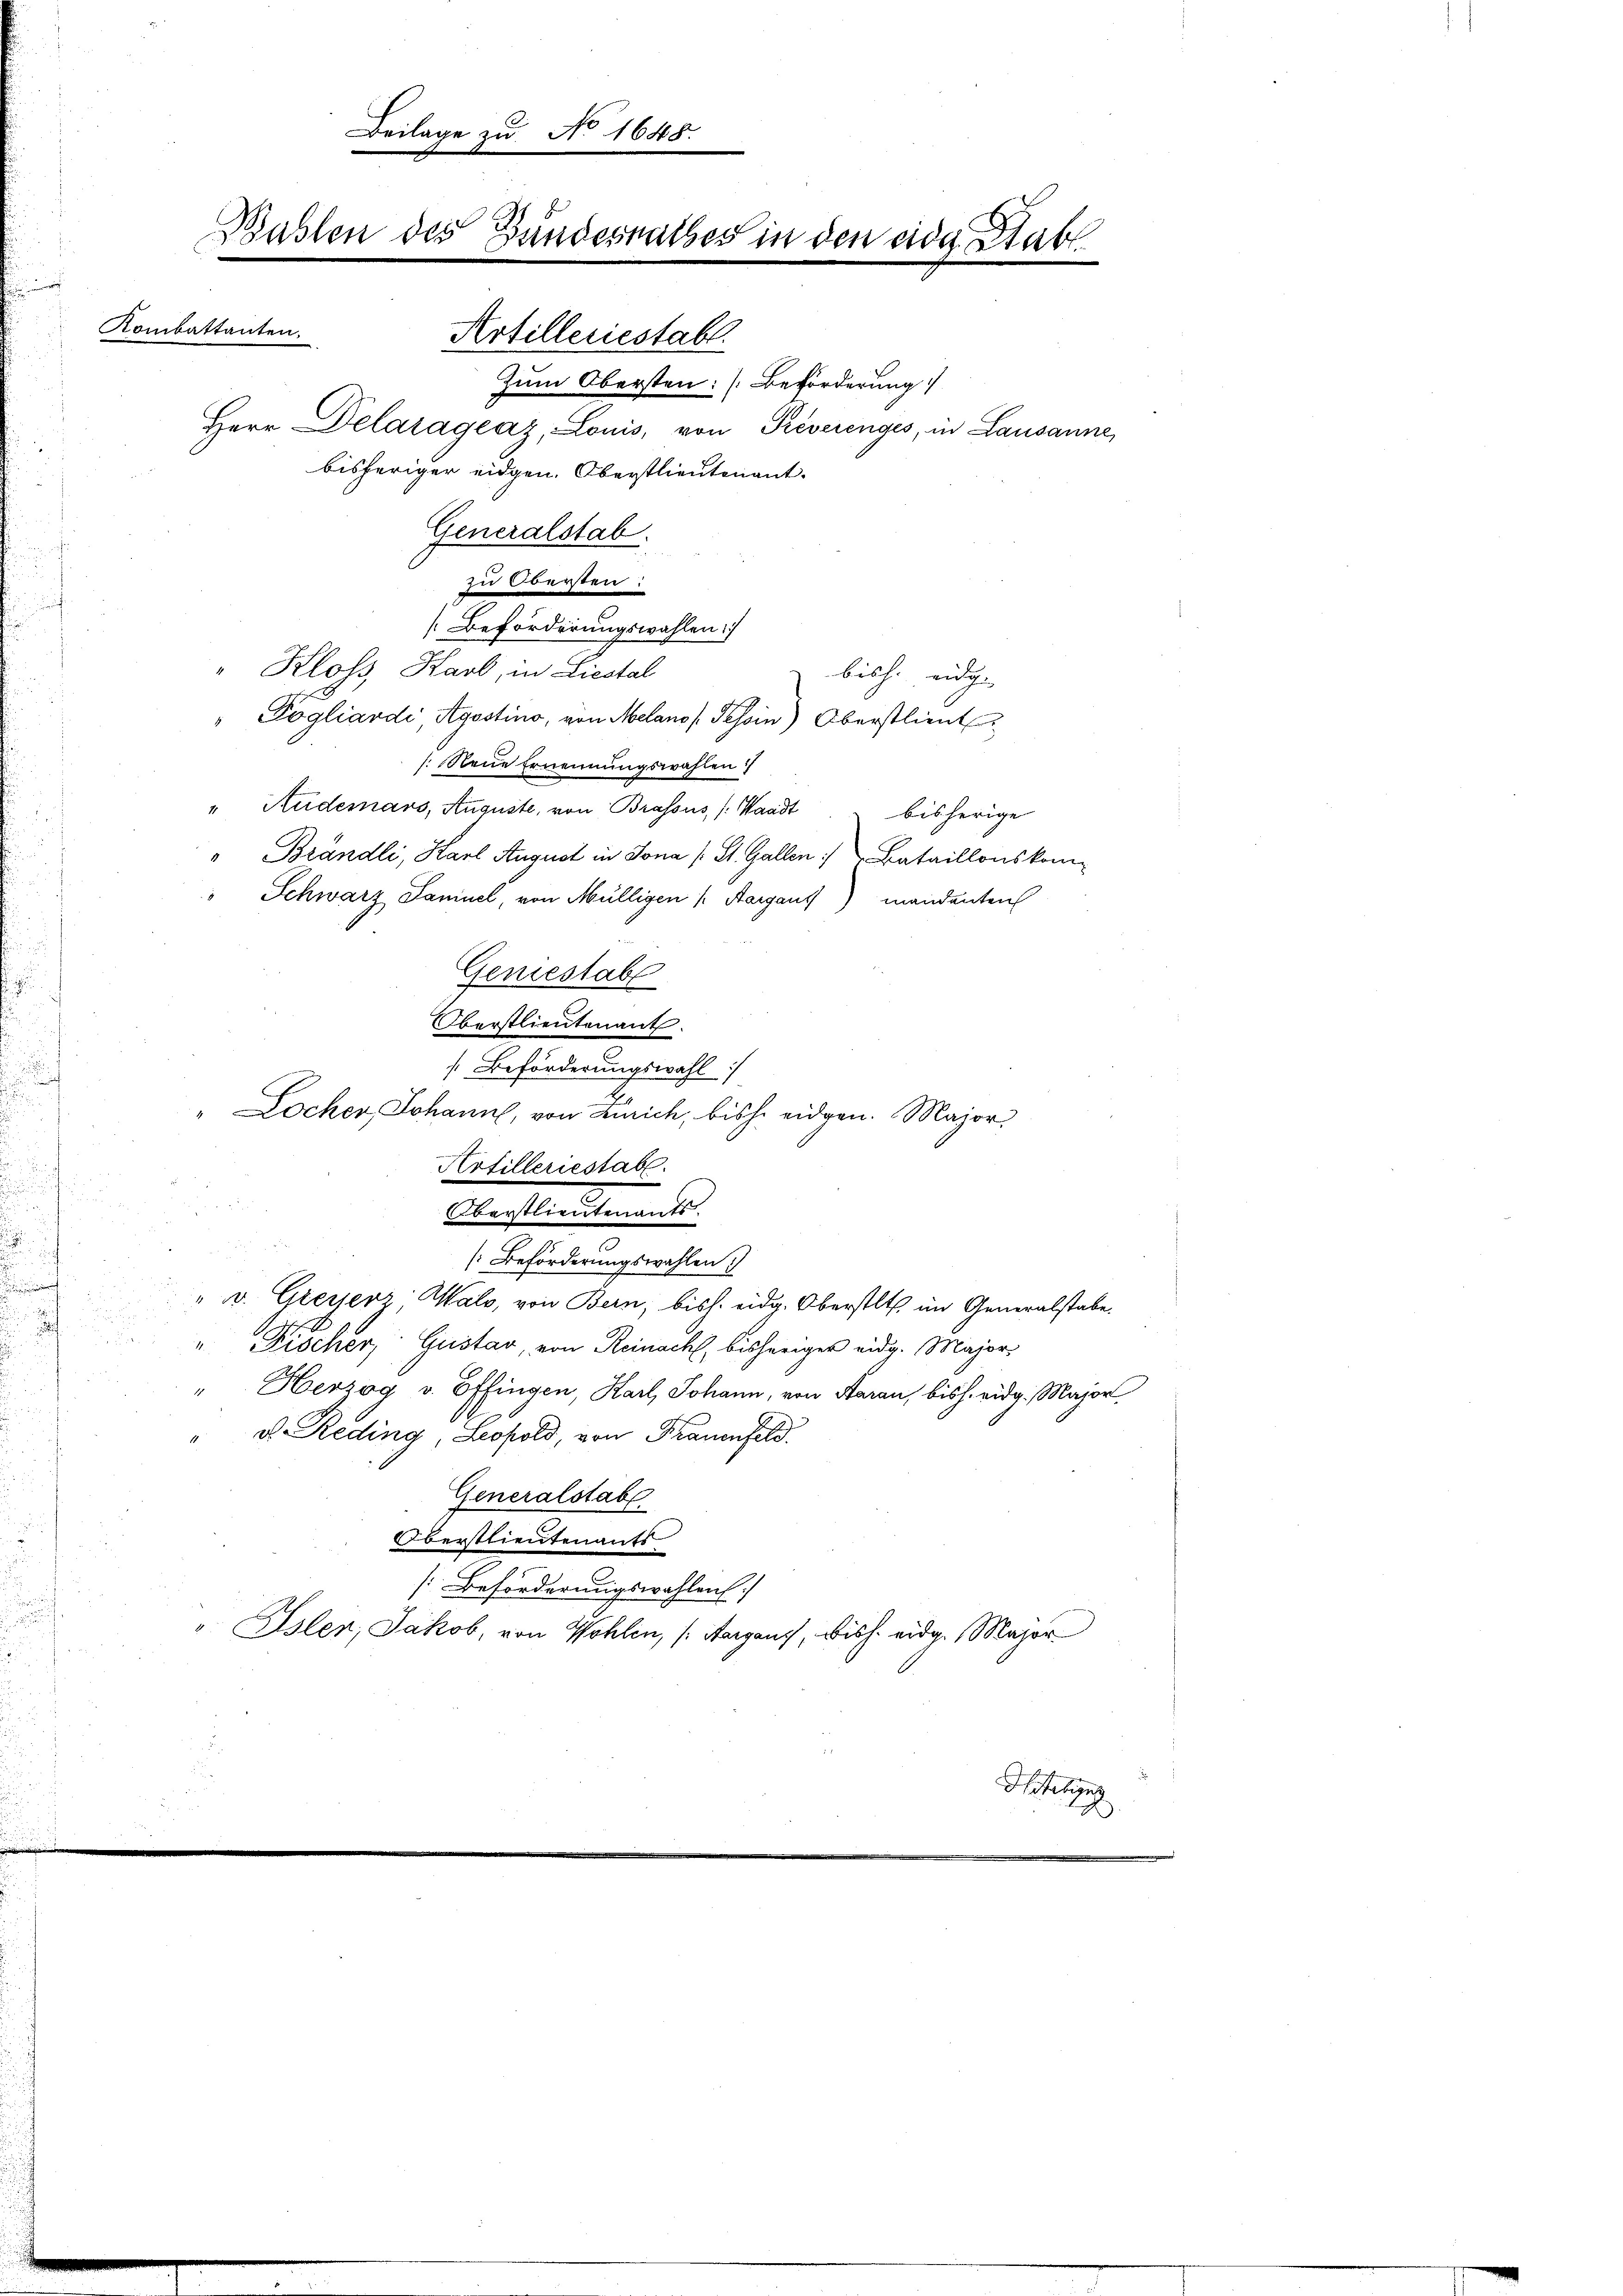
Er
Beilage zu N. 1648.
Baslen des Bundesrathes in den eider Stabl
Kombattanten.
Artilleriestabl
Zum Obersten: [Beförderung
Herr Delaragraz, Louis, von Reverenges, in Lausanne,
bisheriger eidgen. Oberstlieutenant.
Generalstab.

" Kloss, Karb, in Liestal
bische eidge
" Pogliardi, Agostino, von Melano Tessin) Oberstlieut
/. Neue Ernennungswahlen
" Aidemars, Auguste, von Brassus, (Waadt bisherige
" Brändli, Karl August in Jona (: St. Gallen :/ Bataillonskom-
" Schwarz Samuel, von Mülligen /: Aargaus) mandenten
Geniestabl
Oberstlieutenant.
Beförderungswahl
" Locher, Johann, von Zürich, bishe eidgen. Major,
Artilleriestab.
d
Oberstlieutenants.

[Beförderungswahlen
" v. Greyerz Wald, von Bern, bish. eidg. Oberstl. im Generalstabe
" Fischer, Gustav, von Reinacht, bisheriger eidg. Major
" Herzog v. Effingen, Karl, Johann, von Aarau, bish. eidg. Major,
" D. Reding, Leopold, von Frauenfeld.
Generalstabe
Oberstlieutenants
[Beförderungswahlen.
" Isler, Jakob, von Wohlen, (Aargaus, Bish. eidg. Major

zu Obersten:
[Beförderungswahlen

Titeln